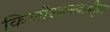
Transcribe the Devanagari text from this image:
किर्लोस्करवाडीहून